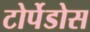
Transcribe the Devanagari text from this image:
टोर्पेडोस